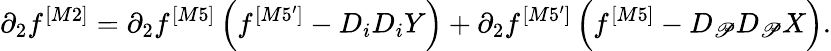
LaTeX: \partial_{2}f^{[M2]}=\partial_{2}f^{[M5]}\left(f^{[M5^{\prime}]}-D_{i}D_{i}Y\right)+\partial_{2}f^{[M5^{\prime}]}\left(f^{[M5]}-D_{\mathscr{P}}D_{\mathscr{P}}X\right).